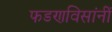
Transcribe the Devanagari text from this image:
फडणविसांनीं